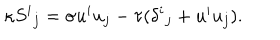
\kappa { S ^ { i } } _ { j } = \sigma u ^ { i } u _ { j } - \tau ( { \delta ^ { i } } _ { j } + u ^ { i } u _ { j } ) .